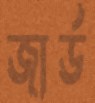
জার্ড